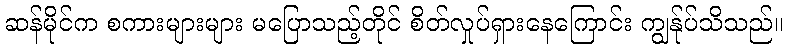
ဆန်မိုင်က စကားများများ မပြောသည့်တိုင် စိတ်လှုပ်ရှားနေကြောင်း ကျွန်ုပ်သိသည်။